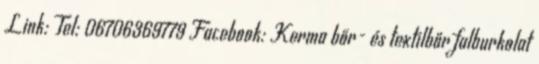
Link: Tel: 06706369779 Facebook: Kerma bőr- és textilbőr falburkolat